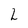
Character: 2